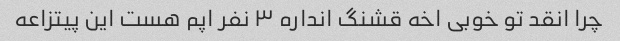
چرا انقد تو خوبی اخه قشنگ انداره ۳ نفر اپم هست این پیتزاعه